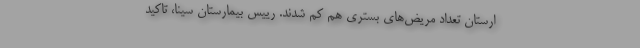
ارستان تعداد مریض‌های بستری هم کم شدند. رییس بیمارستان سینا، تاکید